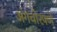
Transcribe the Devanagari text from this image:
अंगचोरपणे